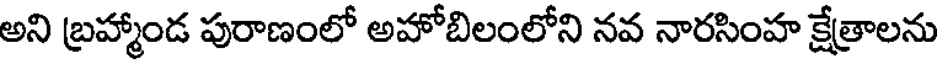
అని బ్రహ్మాండ పురాణంలో అహోబిలంలోని నవ నారసింహ క్షేత్రాలను